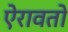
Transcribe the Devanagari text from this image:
ऐरावतो